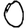
Digit: 0